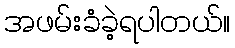
အဖမ်းခံခဲ့ရပါတယ်။